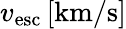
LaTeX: v_{\mathrm{esc}}\, [\mathrm{km}/\mathrm{s}]